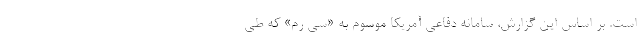
است. بر اساس این گزارش، سامانه دفاعی آمریکا موسوم به «سی رم» که طی